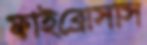
ফাইব্রোসাস